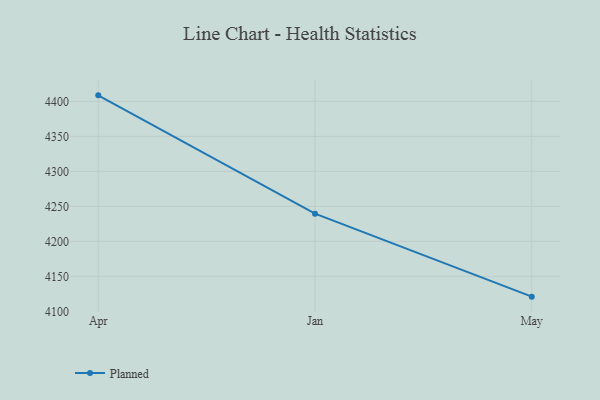
{"axis": {"x": "Month", "y": "Customer Acquisition Cost (USD)"}, "legend": ["Planned"], "data": [{"x": "Apr", "y": 4408.6, "type": "Planned"}, {"x": "Jan", "y": 4239.5, "type": "Planned"}, {"x": "May", "y": 4121.0, "type": "Planned"}]}